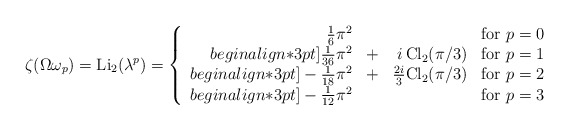
\begin{align*}\zeta(\Omega\omega_p)={\rm Li}_2(\lambda^p)=\left\{\begin{array}{rrrr} \frac16\pi^2&&&\mbox{for }p=0\\begin{align*}3pt] \frac1{36}\pi^2&+&i\,{\rm Cl}_2(\pi/3)&\mbox{for }p=1\\begin{align*}3pt]-\frac1{18}\pi^2&+&\frac{2i}{3}{\rm Cl}_2(\pi/3)&\mbox{for }p=2\\begin{align*}3pt]-\frac1{12}\pi^2&&&\mbox{for }p=3\end{array}\right.\end{align*}